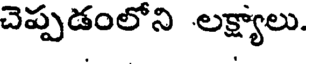
చెప్పడంలోని లక్ష్యాలు.